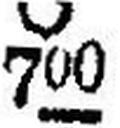
Ο 700